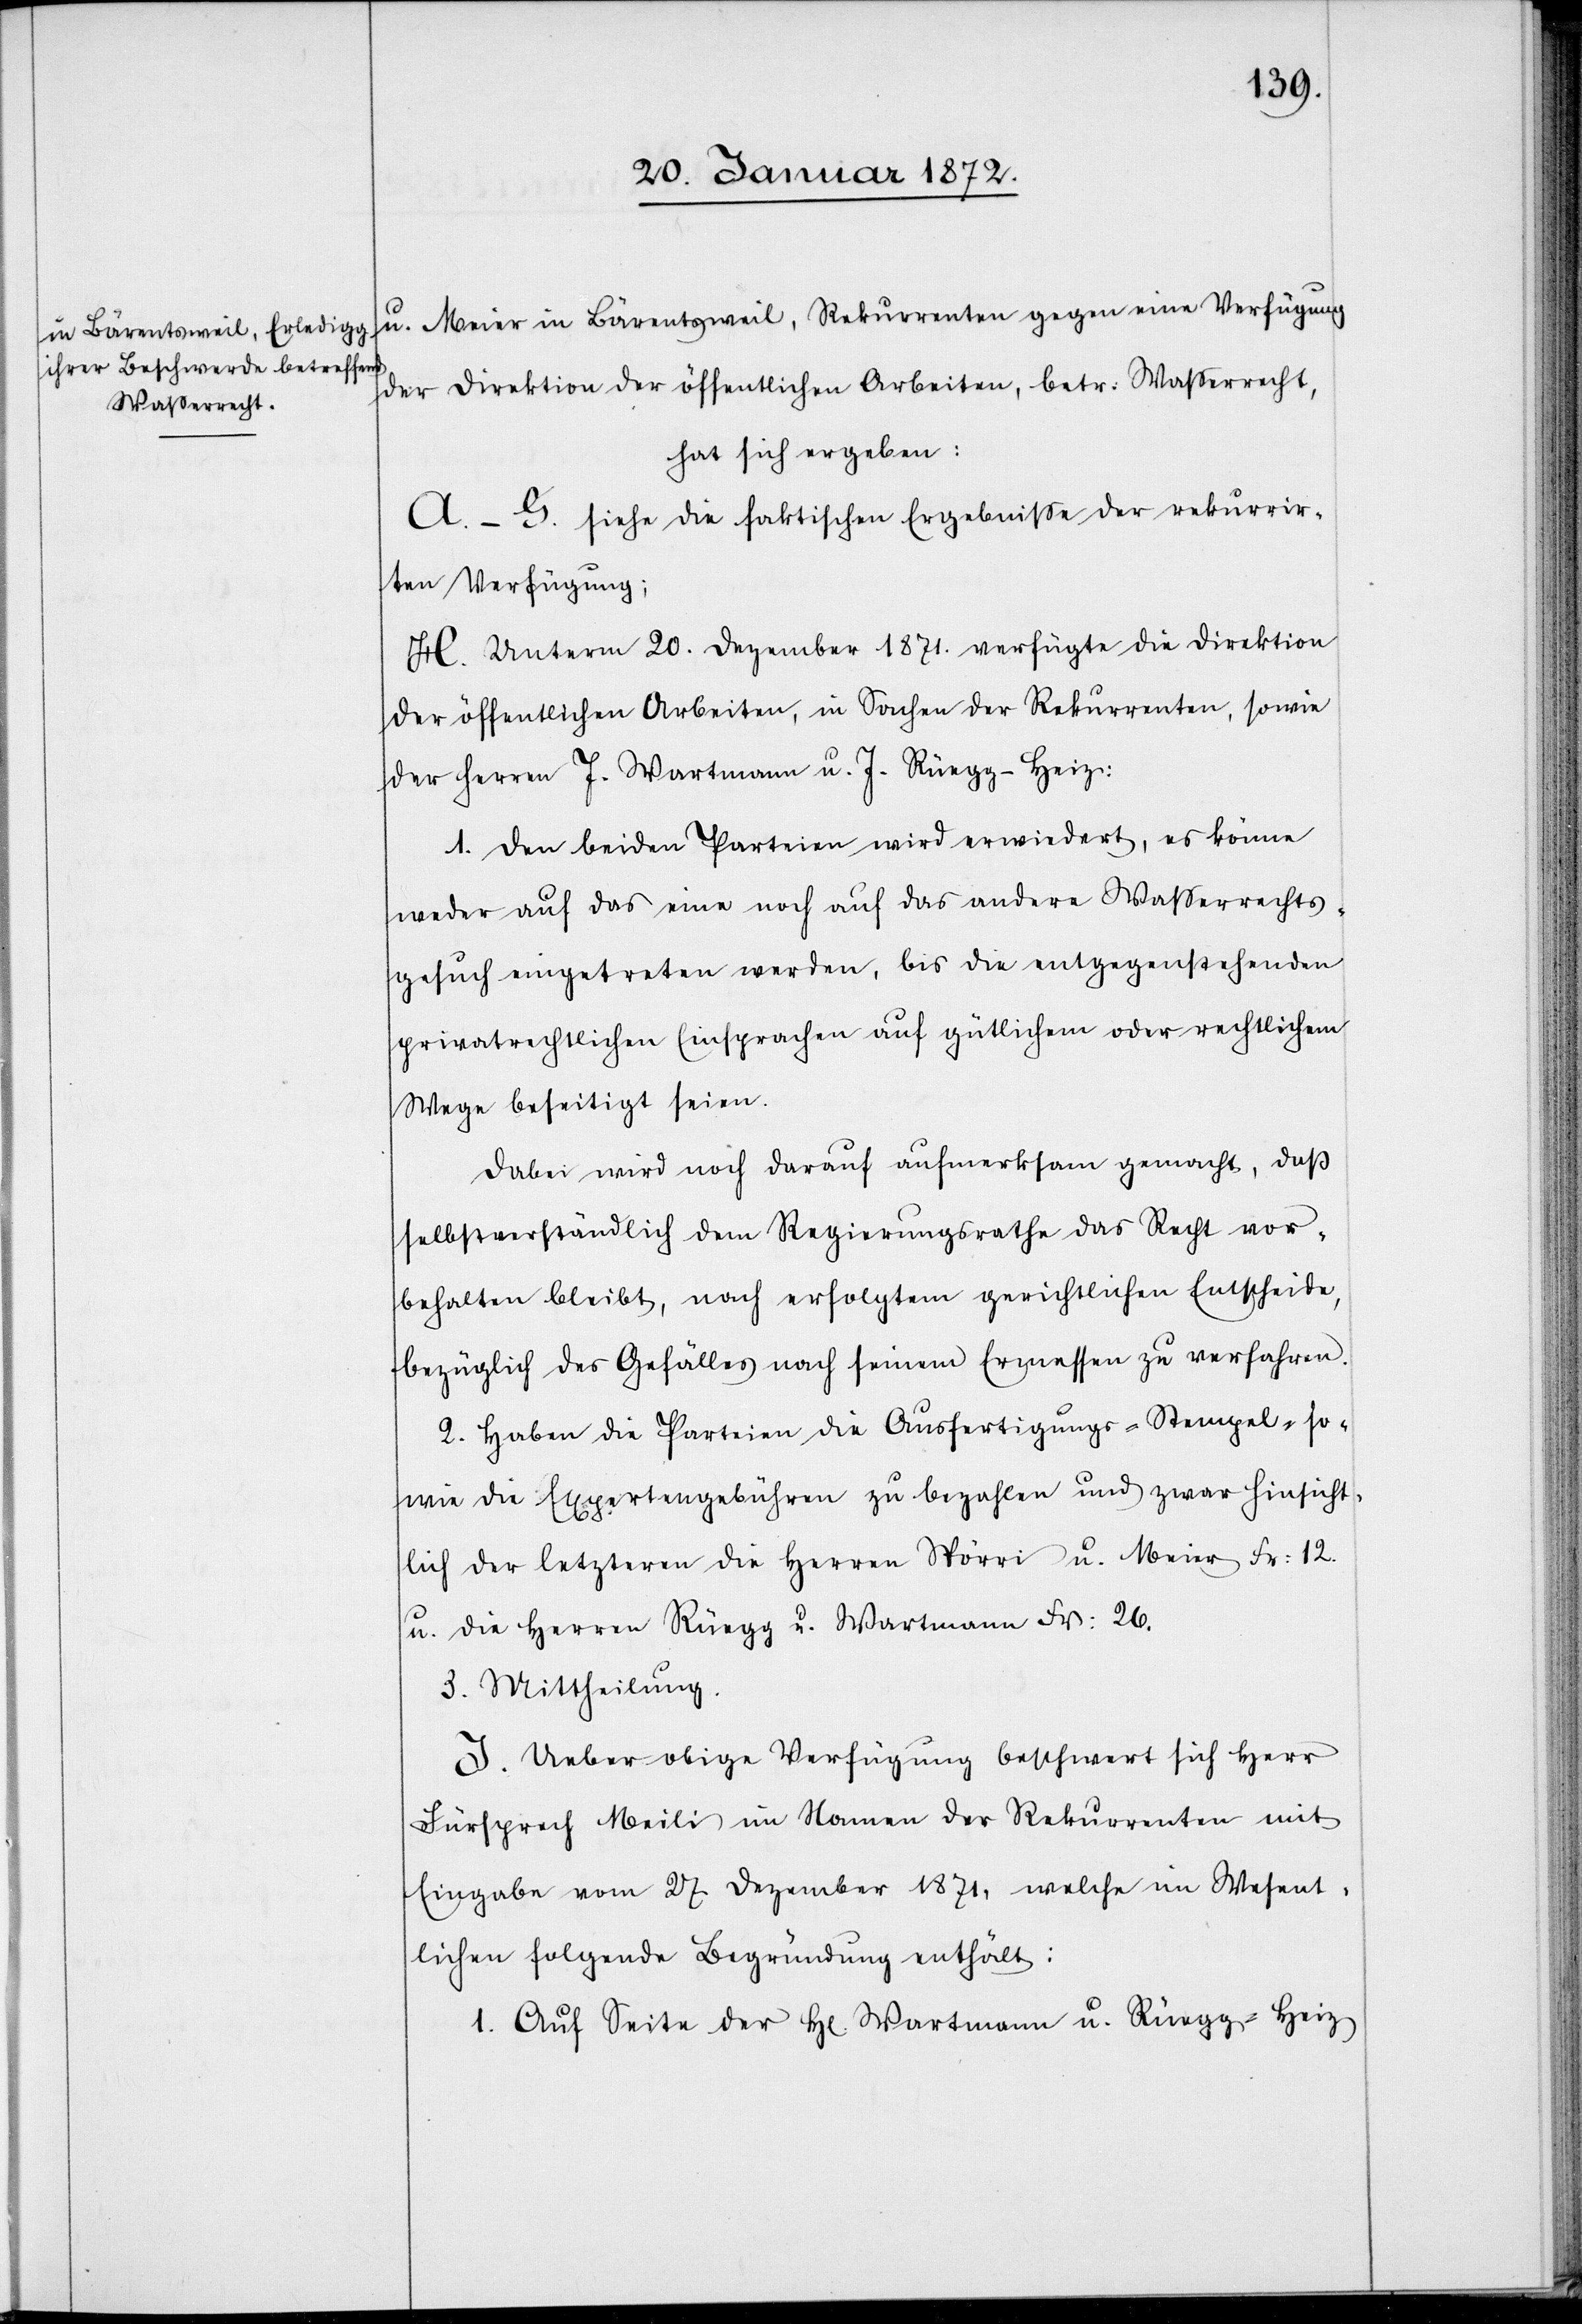
u. Meier in Bärentsweil, Rekurrenten gegen eine Verfügung
der Direktion der öffentlichen Arbeiten, betr: Wasserrecht,
hat sich ergeben:
A.–G. siehe die faktischen Ergebnisse der rekurrir¬
ten Verfügung;
H. unterm 20. Dezember 1871. verfügte die Direktion
der öffentlichen Arbeiten, in Sachen der Rekurrenten, sowie
der Herren J. Wartmann u. J. Rüegg-Heiz:
1. Den beiden Parteien wird erwiedert, es könne
weder auf das eine noch auf das andere Wasserrechts¬
gesuch eingetreten werden, bis die entgegenstehenden
privatrechtlichen Einsprachen auf gütlichem oder rechtlichem
Wege beseitigt seien.
Dabei wird noch darauf aufmerksam gemacht, daß
selbstverständlich dem Regierungsrathe das Recht vor¬
behalten bleibt, nach erfolgtem gerichtlichen Entscheide,
bezüglich des Gefälles nach seinem Ermessen zu verfahren.
2. Haben die Parteien die Ausfertigungs- Stempel- so¬
wie die Expertengebühren zu bezahlen und zwar hinsicht¬
lich der letzteren die Herren Spörri u. Meier Fr: 12.
u die Herren Rüegg u. Wartmann Fr: 26.
3. Mittheilung.
I. Ueber obige Verfügung beschwert sich Herr
Fürsprech Meili im Namen der Rekurrenten mit
Eingabe vom 27 Dezember 1871, welche im Wesent¬
lichen folgende Begründung enthält:
1. Auf Seite der H[erren] Wartmann u. Rüegg-Heiz